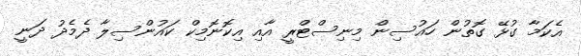
އެކަމާ ގުޅޭ ގޮތުން ހައުސިން މިނިސްޓްރީ އާއި އިކޮނޮމިކް ކައުންސިލާ ދެމެދު ދަނީ